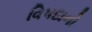
વિપદાનો